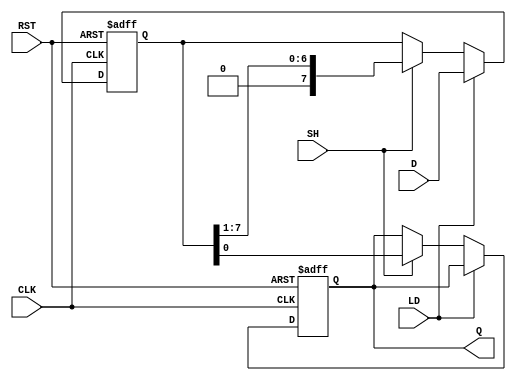
module PISO_Register #(
    parameter n = 8  // Parameter for the number of bits in the register
)(
    input  wire [n-1:0] D,     // Parallel data input
    input  wire LD,            // Load control signal
    input  wire SH,            // Shift control signal
    input  wire CLK,           // Clock signal
    input  wire RST,           // Asynchronous reset
    output reg  Q              // Serial output
);

    reg [n-1:0] shift_reg;     // Shift register to hold the data

    always @(posedge CLK or posedge RST) begin
        if (RST) begin
            // Asynchronous reset
            shift_reg <= {n{1'b0}}; // Clear the register to zero
            Q <= 1'b0;              // Clear the output
        end else begin
            if (LD) begin
                // Load data into the shift register
                shift_reg <= D;
            end else if (SH) begin
                // Shift operation
                Q <= shift_reg[0];  // Output the LSB
                shift_reg <= {1'b0, shift_reg[n-1:1]}; // Shift right
            end
        end
    end

endmodule